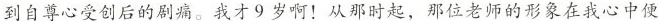
到自尊心受创后的剧痛。我才9岁啊！从那时起，那位老师的形象在我心中便